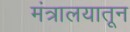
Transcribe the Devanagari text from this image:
मंत्रालयातून